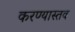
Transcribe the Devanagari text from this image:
करण्यास्तव